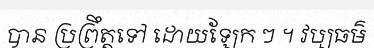
បាន ប្រព្រឹត្តទៅ ដោយឡែក ៗ ។ វប្បធម៌